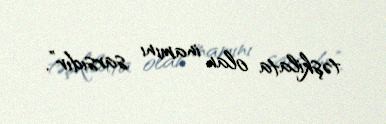
təşkilata olan inamını sarsıdır”.